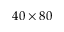
4 0 \times 8 0